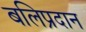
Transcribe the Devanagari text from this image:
बलिप्रदान